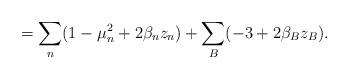
LaTeX: \begin{align*}=\sum_n(1-\mu _n^2+2\beta_n z_n) + \sum_B (-3 +2\beta_B z_B).\end{align*}